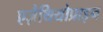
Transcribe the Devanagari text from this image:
एज़ैथियोप्राइन